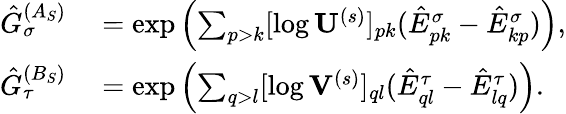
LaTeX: \begin{array}{rl}{\hat{G}_{\sigma}^{(A_{S})}}&{{}=\exp\left(\sum_{p>k}[\log\mathbf{U}^{(s)}]_{pk}(\hat{E}_{pk}^{\sigma}-\hat{E}_{kp}^{\sigma})\right),}\\ {\hat{G}_{\tau}^{(B_{S})}}&{{}=\exp\left(\sum_{q>l}[\log\mathbf{V}^{(s)}]_{ql}(\hat{E}_{ql}^{\tau}-\hat{E}_{lq}^{\tau})\right).}\end{array}